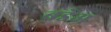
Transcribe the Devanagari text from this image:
बडेअ